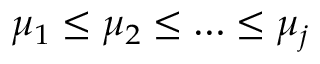
\mu _ { 1 } \leq \mu _ { 2 } \leq \ldots \leq \mu _ { j }